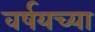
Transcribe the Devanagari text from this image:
वर्षयच्या